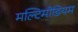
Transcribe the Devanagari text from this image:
मल्टिमीडियम